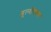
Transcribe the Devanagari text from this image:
मूल्योंवाला